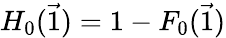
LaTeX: H_{0}(\vec{1})=1-F_{0}(\vec{1})